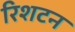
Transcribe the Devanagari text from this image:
रिशटन